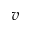
v